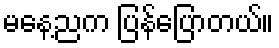
မနေ့ညက ပြန်ပြောတယ်။